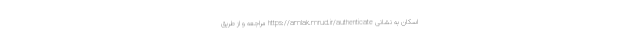
اسکان به نشانی https://amlak.mrud.ir/authenticate مراجعه و از طریق